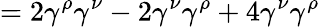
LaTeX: =2\gamma^{\rho}\gamma^{\nu}-2\gamma^{\nu}\gamma^{\rho}+4\gamma^{\nu}\gamma^{\rho}